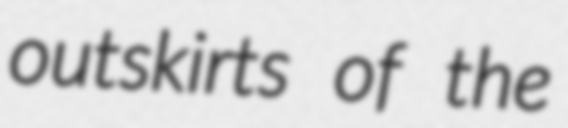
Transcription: outskirts of the